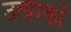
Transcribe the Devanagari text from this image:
उत्प्ररकों